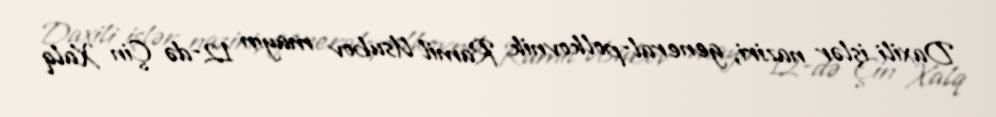
Daxili işlər naziri, general-polkovnik Ramil Usubov mayın 12-də Çin Xalq